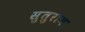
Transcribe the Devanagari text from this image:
सुतुराम